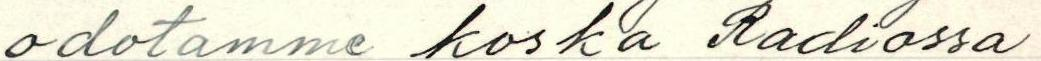
odotamme koska Radiossa